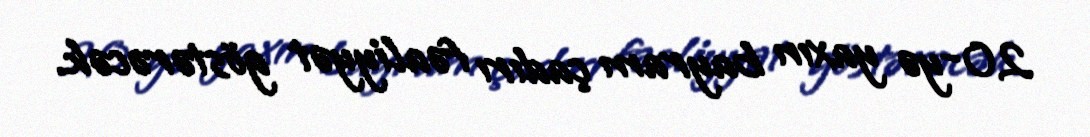
20-yə yaxın bayram çadırı fəaliyyət göstərəcək.